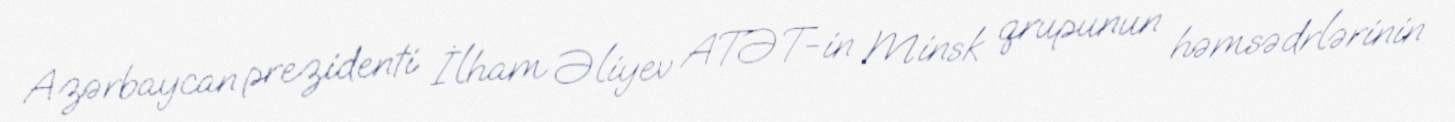
Azərbaycan prezidenti İlham Əliyev ATƏT-in Minsk qrupunun həmsədrlərinin